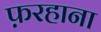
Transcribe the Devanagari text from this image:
फ़रहाना